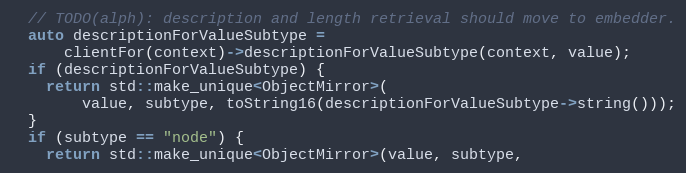
Language: C++
  // TODO(alph): description and length retrieval should move to embedder.
  auto descriptionForValueSubtype =
      clientFor(context)->descriptionForValueSubtype(context, value);
  if (descriptionForValueSubtype) {
    return std::make_unique<ObjectMirror>(
        value, subtype, toString16(descriptionForValueSubtype->string()));
  }
  if (subtype == "node") {
    return std::make_unique<ObjectMirror>(value, subtype,